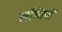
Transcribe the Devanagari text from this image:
लॉबियों